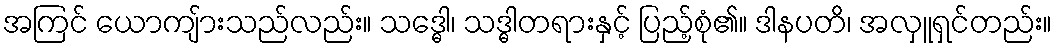
အကြင် ယောကျ်ားသည်လည်း။ သဒ္ဓေါ၊ သဒ္ဓါတရားနှင့် ပြည့်စုံ၏။ ဒါနပတိ၊ အလှူရှင်တည်း။